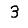
Digit: 3